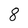
Character: 8